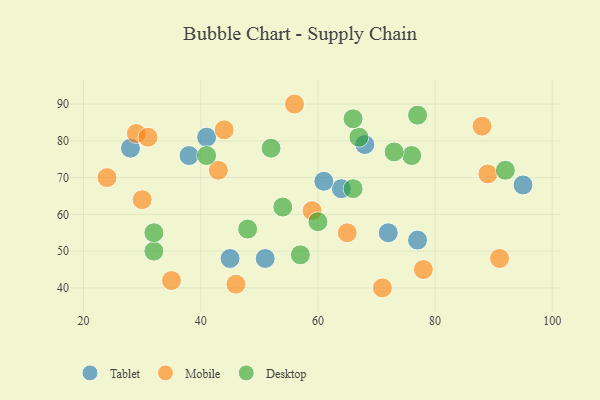
{"axis": {"x": "GDP", "y": "Life Expectancy"}, "legend": ["Desktop", "Mobile", "Tablet"], "data": [{"x": "41", "y": 81, "type": "Tablet"}, {"x": "51", "y": 48, "type": "Tablet"}, {"x": "28", "y": 78, "type": "Tablet"}, {"x": "45", "y": 48, "type": "Tablet"}, {"x": "64", "y": 67, "type": "Tablet"}, {"x": "68", "y": 79, "type": "Tablet"}, {"x": "77", "y": 53, "type": "Tablet"}, {"x": "61", "y": 69, "type": "Tablet"}, {"x": "95", "y": 68, "type": "Tablet"}, {"x": "72", "y": 55, "type": "Tablet"}, {"x": "38", "y": 76, "type": "Tablet"}, {"x": "88", "y": 84, "type": "Mobile"}, {"x": "44", "y": 83, "type": "Mobile"}, {"x": "30", "y": 64, "type": "Mobile"}, {"x": "24", "y": 70, "type": "Mobile"}, {"x": "89", "y": 71, "type": "Mobile"}, {"x": "56", "y": 90, "type": "Mobile"}, {"x": "78", "y": 45, "type": "Mobile"}, {"x": "35", "y": 42, "type": "Mobile"}, {"x": "46", "y": 41, "type": "Mobile"}, {"x": "65", "y": 55, "type": "Mobile"}, {"x": "29", "y": 82, "type": "Mobile"}, {"x": "91", "y": 48, "type": "Mobile"}, {"x": "71", "y": 40, "type": "Mobile"}, {"x": "43", "y": 72, "type": "Mobile"}, {"x": "59", "y": 61, "type": "Mobile"}, {"x": "31", "y": 81, "type": "Mobile"}, {"x": "48", "y": 56, "type": "Desktop"}, {"x": "32", "y": 50, "type": "Desktop"}, {"x": "67", "y": 81, "type": "Desktop"}, {"x": "52", "y": 78, "type": "Desktop"}, {"x": "76", "y": 76, "type": "Desktop"}, {"x": "60", "y": 58, "type": "Desktop"}, {"x": "41", "y": 76, "type": "Desktop"}, {"x": "32", "y": 55, "type": "Desktop"}, {"x": "66", "y": 86, "type": "Desktop"}, {"x": "57", "y": 49, "type": "Desktop"}, {"x": "73", "y": 77, "type": "Desktop"}, {"x": "77", "y": 87, "type": "Desktop"}, {"x": "54", "y": 62, "type": "Desktop"}, {"x": "92", "y": 72, "type": "Desktop"}, {"x": "66", "y": 67, "type": "Desktop"}]}